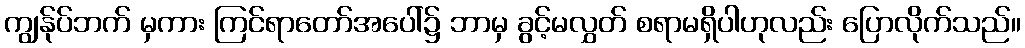
ကျွန်ုပ်ဘက် မှကား ကြင်ရာတော်အပေါ်၌ ဘာမှ ခွင့်မလွှတ် စရာမရှိပါဟုလည်း ပြောလိုက်သည်။